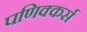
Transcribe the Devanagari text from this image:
पणिक्कर्स